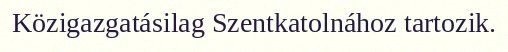
Közigazgatásilag Szentkatolnához tartozik.